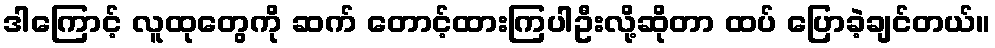
ဒါကြောင့် လူထုတွေကို ဆက် တောင့်ထားကြပါဦးလို့ဆိုတာ ထပ် ပြောခဲ့ချင်တယ်။